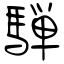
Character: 騨